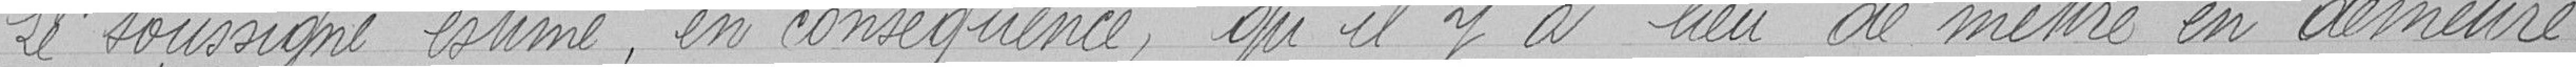
Le soussigné estime, en conséquence, qu'il y lieu de mettre en demeure :